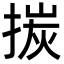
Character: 㨏